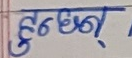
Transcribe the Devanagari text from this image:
हुनछन्‌।